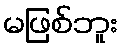
မဖြစ်ဘူး